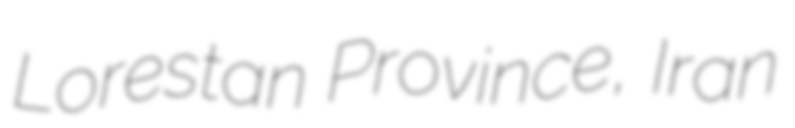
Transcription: Lorestan Province, Iran